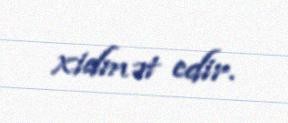
xidmət edir.